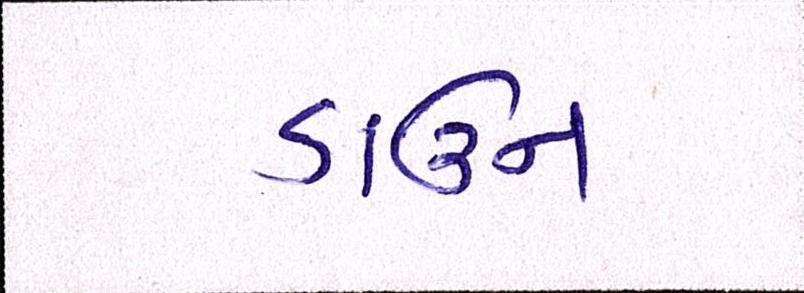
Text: ડાઉન